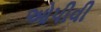
ઓપીવી